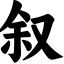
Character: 叙